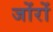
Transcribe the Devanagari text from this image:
जोंरों